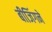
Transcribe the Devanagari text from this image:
बीजिंगने